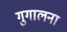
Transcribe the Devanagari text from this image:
गुगालना